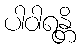
ပါဝါရန္တိ